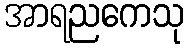
အာရညကေသု